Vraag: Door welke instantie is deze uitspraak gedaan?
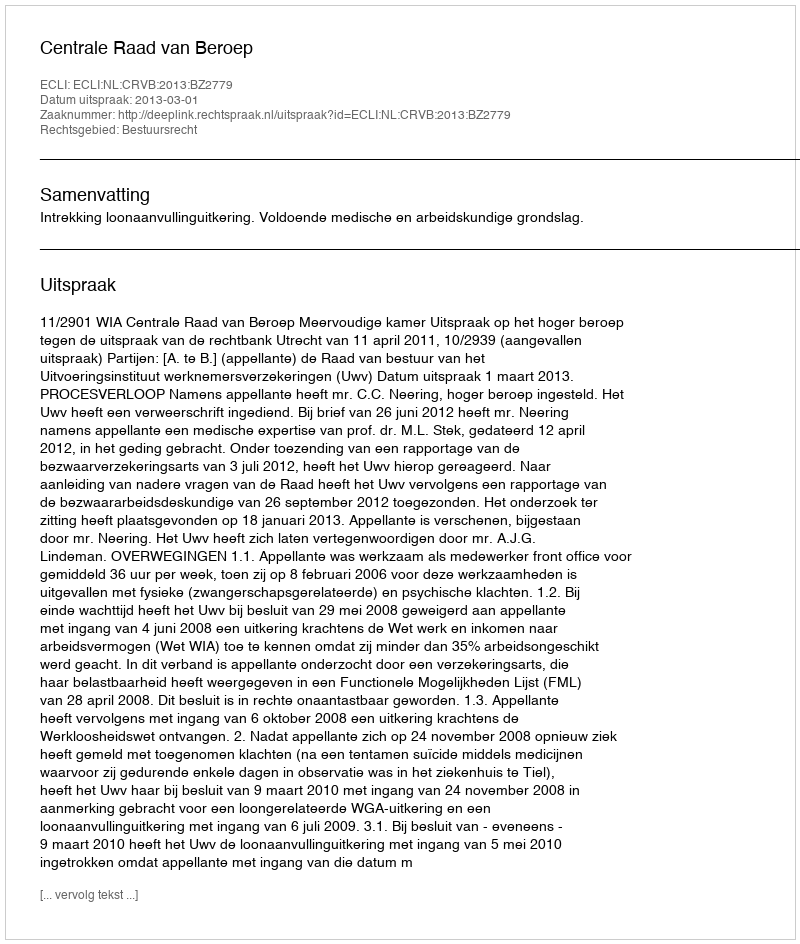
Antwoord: Centrale Raad van Beroep